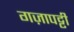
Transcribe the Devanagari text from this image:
गज़ापट्टी